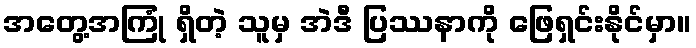
အတွေ့အကြုံ ရှိတဲ့ သူမှ အဲဒီ ပြဿနာကို ဖြေရှင်းနိုင်မှာ။